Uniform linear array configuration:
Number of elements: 48
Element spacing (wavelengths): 0.75
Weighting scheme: hann
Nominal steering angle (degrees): -60
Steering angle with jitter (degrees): -58.176
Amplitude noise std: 0.05
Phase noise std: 0.05

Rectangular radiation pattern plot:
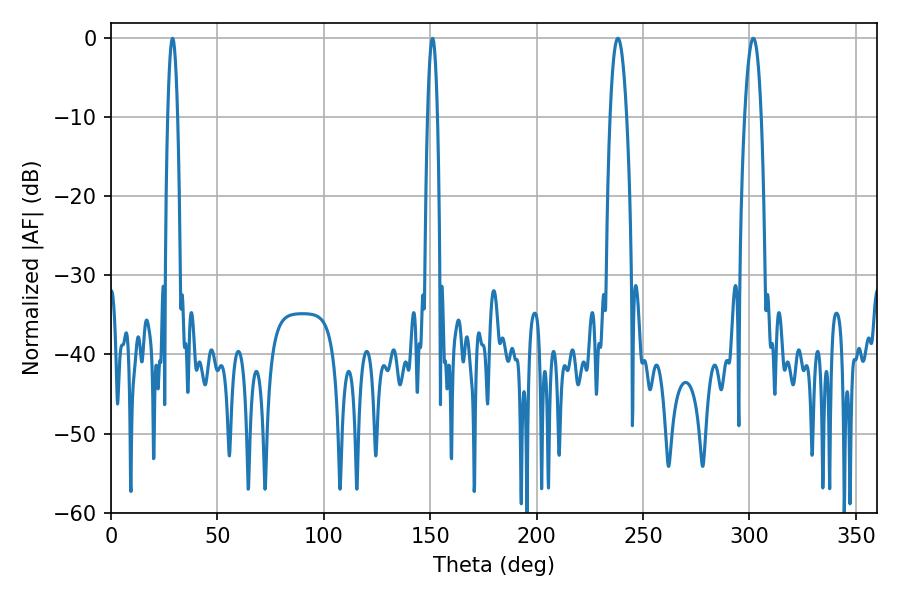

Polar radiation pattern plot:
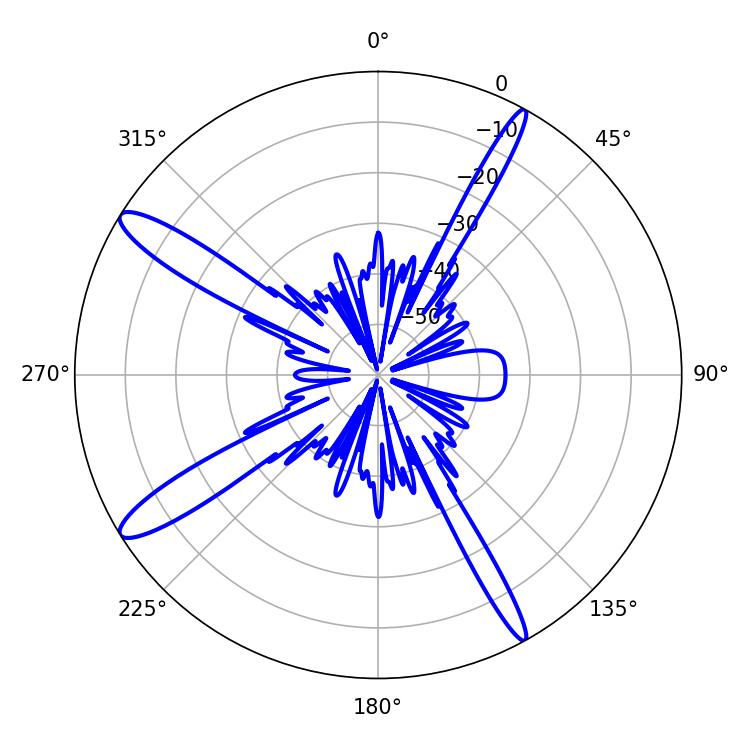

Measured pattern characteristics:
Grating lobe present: TRUE
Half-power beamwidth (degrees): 4.32
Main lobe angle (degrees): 238.14